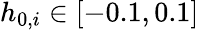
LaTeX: h_{0,i}\in[-0.1,0.1]